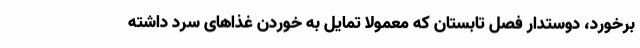
برخورد، دوستدار فصل تابستان که معمولا تمایل به خوردن غذا‌های سرد داشته